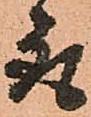
取